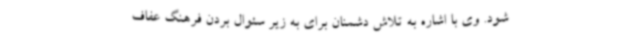
شود. وی با اشاره به تلاش دشمنان برای به زیر سئوال بردن فرهنگ عفاف